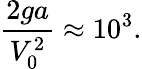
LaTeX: \frac{2ga}{V_{0}^{2}}\approx 10^{3}.